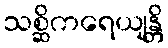
သစ္ဆိကရေယျန္တိ